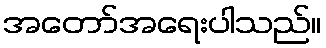
အတော်အရေးပါသည်။